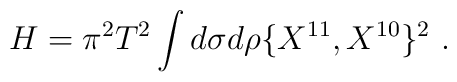
H = \pi^2 T^2 \int d\sigma d\rho \{ X^{11}, X^{10}\}^2\ .